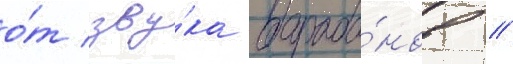
о́т зву́ка бараба́нов //